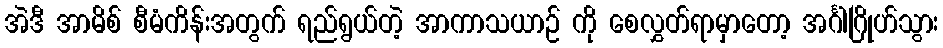
အဲဒီ အာမိစ် စီမံကိန်းအတွက် ရည်ရွယ်တဲ့ အာကာသယာဉ် ကို စေလွှတ်ရာမှာတော့ အင်္ဂါဂြိုဟ်သွား